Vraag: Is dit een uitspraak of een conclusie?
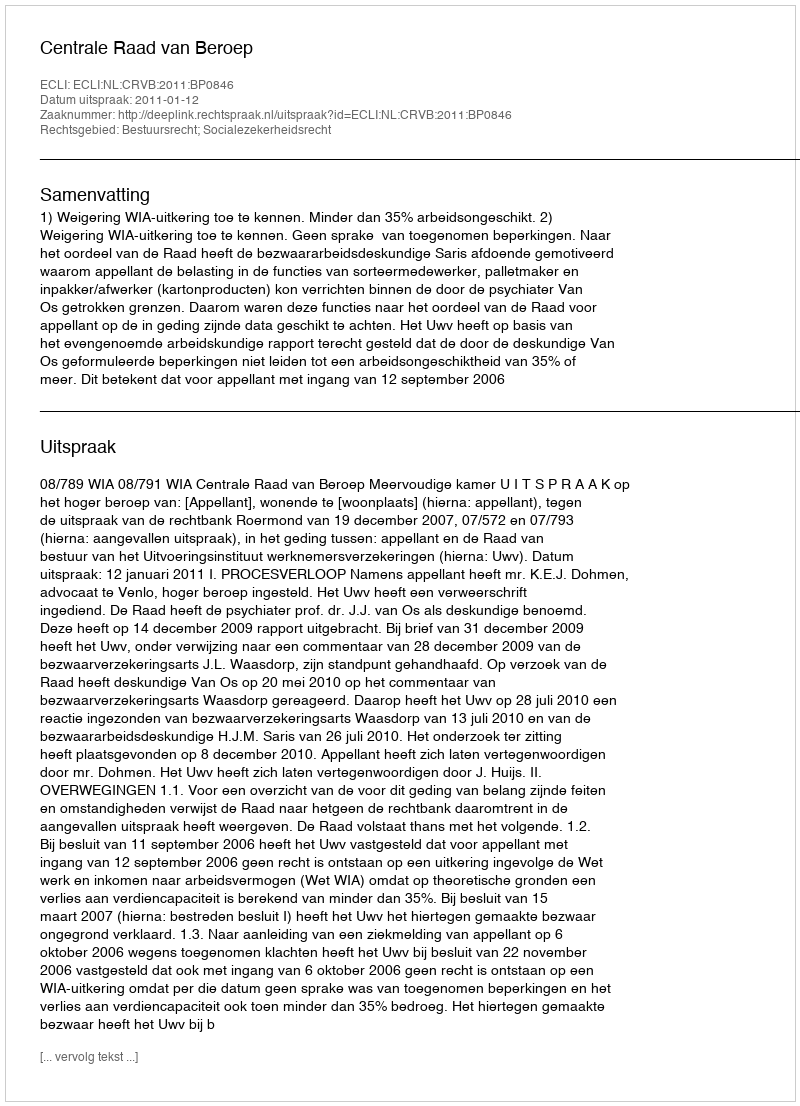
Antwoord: Uitspraak